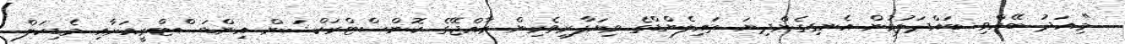
"މިއަދު ބޭއްވި ބައްދަލުވުން އެނގިގެންދިޔަ ތައިލެންޑްގެ ވިޔަފާރިވެރިން ރާއްޖޭގެ ކޮންސްޓްރަކްޝަން އިންޑަސްޓްރީއަށާއި މެޑިކަލް